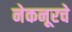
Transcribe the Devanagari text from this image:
नेकनूरचे